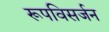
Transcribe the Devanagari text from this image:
रूपविसर्जन